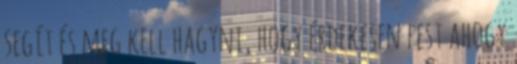
segít és meg kell hagyni, hogy érdekesen fest ahogy